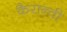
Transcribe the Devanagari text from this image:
कैरान्वी